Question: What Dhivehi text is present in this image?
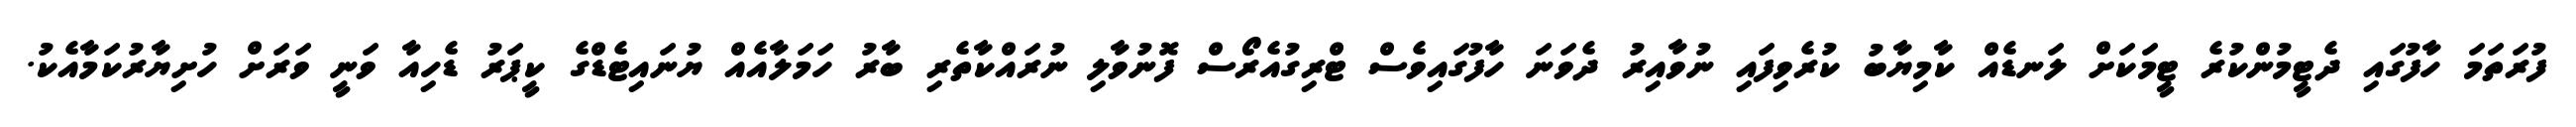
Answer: ފުރަތަމަ ހާފުގައި ދެޓީމުންކުރެ ޓީމަކަށް ލަނޑެއް ކާމިޔާބު ކުރެވިފައި ނުވާއިރު ދެވަނަ ހާފުގައިވެސް ޓްރިގުއެރޯސް ފޮނުވާލި ނުރައްކާތެރި ބާރު ހަމަލާއެއް ޔުނައިޓެޑްގެ ކީޕަރު ޑެހިއާ ވަނީ ވަރަށް ހުށިޔާރުކަމާއެކު.